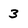
Character: 3